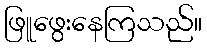
ဖြူဖွေးနေကြသည်။